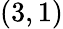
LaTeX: (3,1)